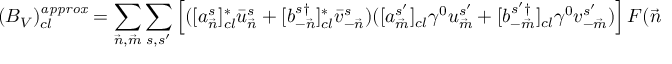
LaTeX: ( { \cal B } _ { V } ) _ { c l } ^ { \it { a p p r o x } } = \sum _ { { \vec { n } } , { \vec { m } } } \sum _ { s , s ^ { \prime } } \left[ ( [ a _ { \vec { n } } ^ { s } ] _ { c l } ^ { * } \bar { u } _ { \vec { n } } ^ { s } + [ b _ { - { \vec { n } } } ^ { s \dagger } ] _ { c l } ^ { * } \bar { v } _ { - { \vec { n } } } ^ { s } ) ( [ a _ { \vec { m } } ^ { s ^ { \prime } } ] _ { c l } \gamma ^ { 0 } u _ { \vec { m } } ^ { s ^ { \prime } } + [ b _ { - { \vec { m } } } ^ { s ^ { \prime } \dagger } ] _ { c l } \gamma ^ { 0 } v _ { - { \vec { m } } } ^ { s ^ { \prime } } ) \right] F ( { \vec { n } } - { \vec { m } } , X ) .